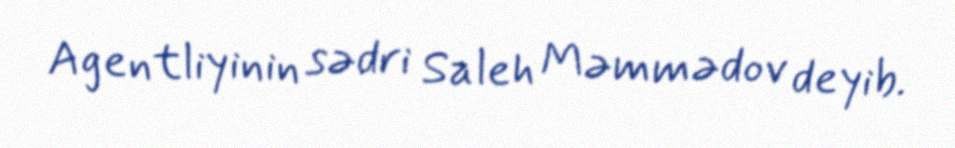
Agentliyinin sədri Saleh Məmmədov deyib.